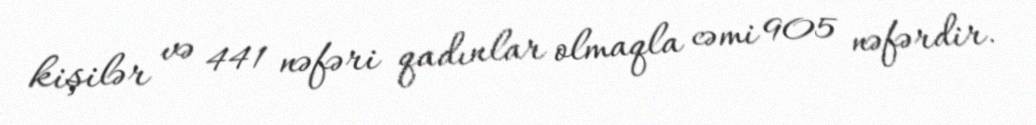
kişilər və 441 nəfəri qadınlar olmaqla cəmi 905 nəfərdir.